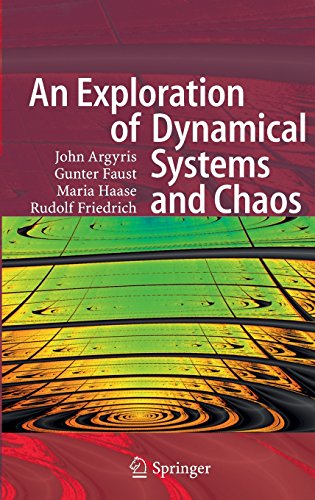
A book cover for An Exploration of Dynamical Systems and Chaos: Completely Revised and Enlarged Second Edition; John Argyris; Science & Math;